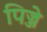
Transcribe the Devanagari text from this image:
पिज्जे